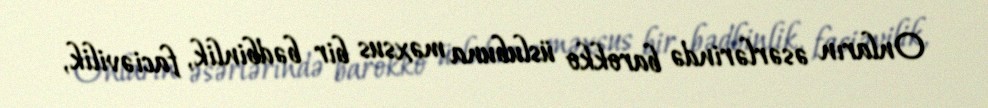
Onların əsərlərində barokko üslubuna məxsus bir bədbinlik, faciəvilik,